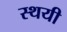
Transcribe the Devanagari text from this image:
स्थयी